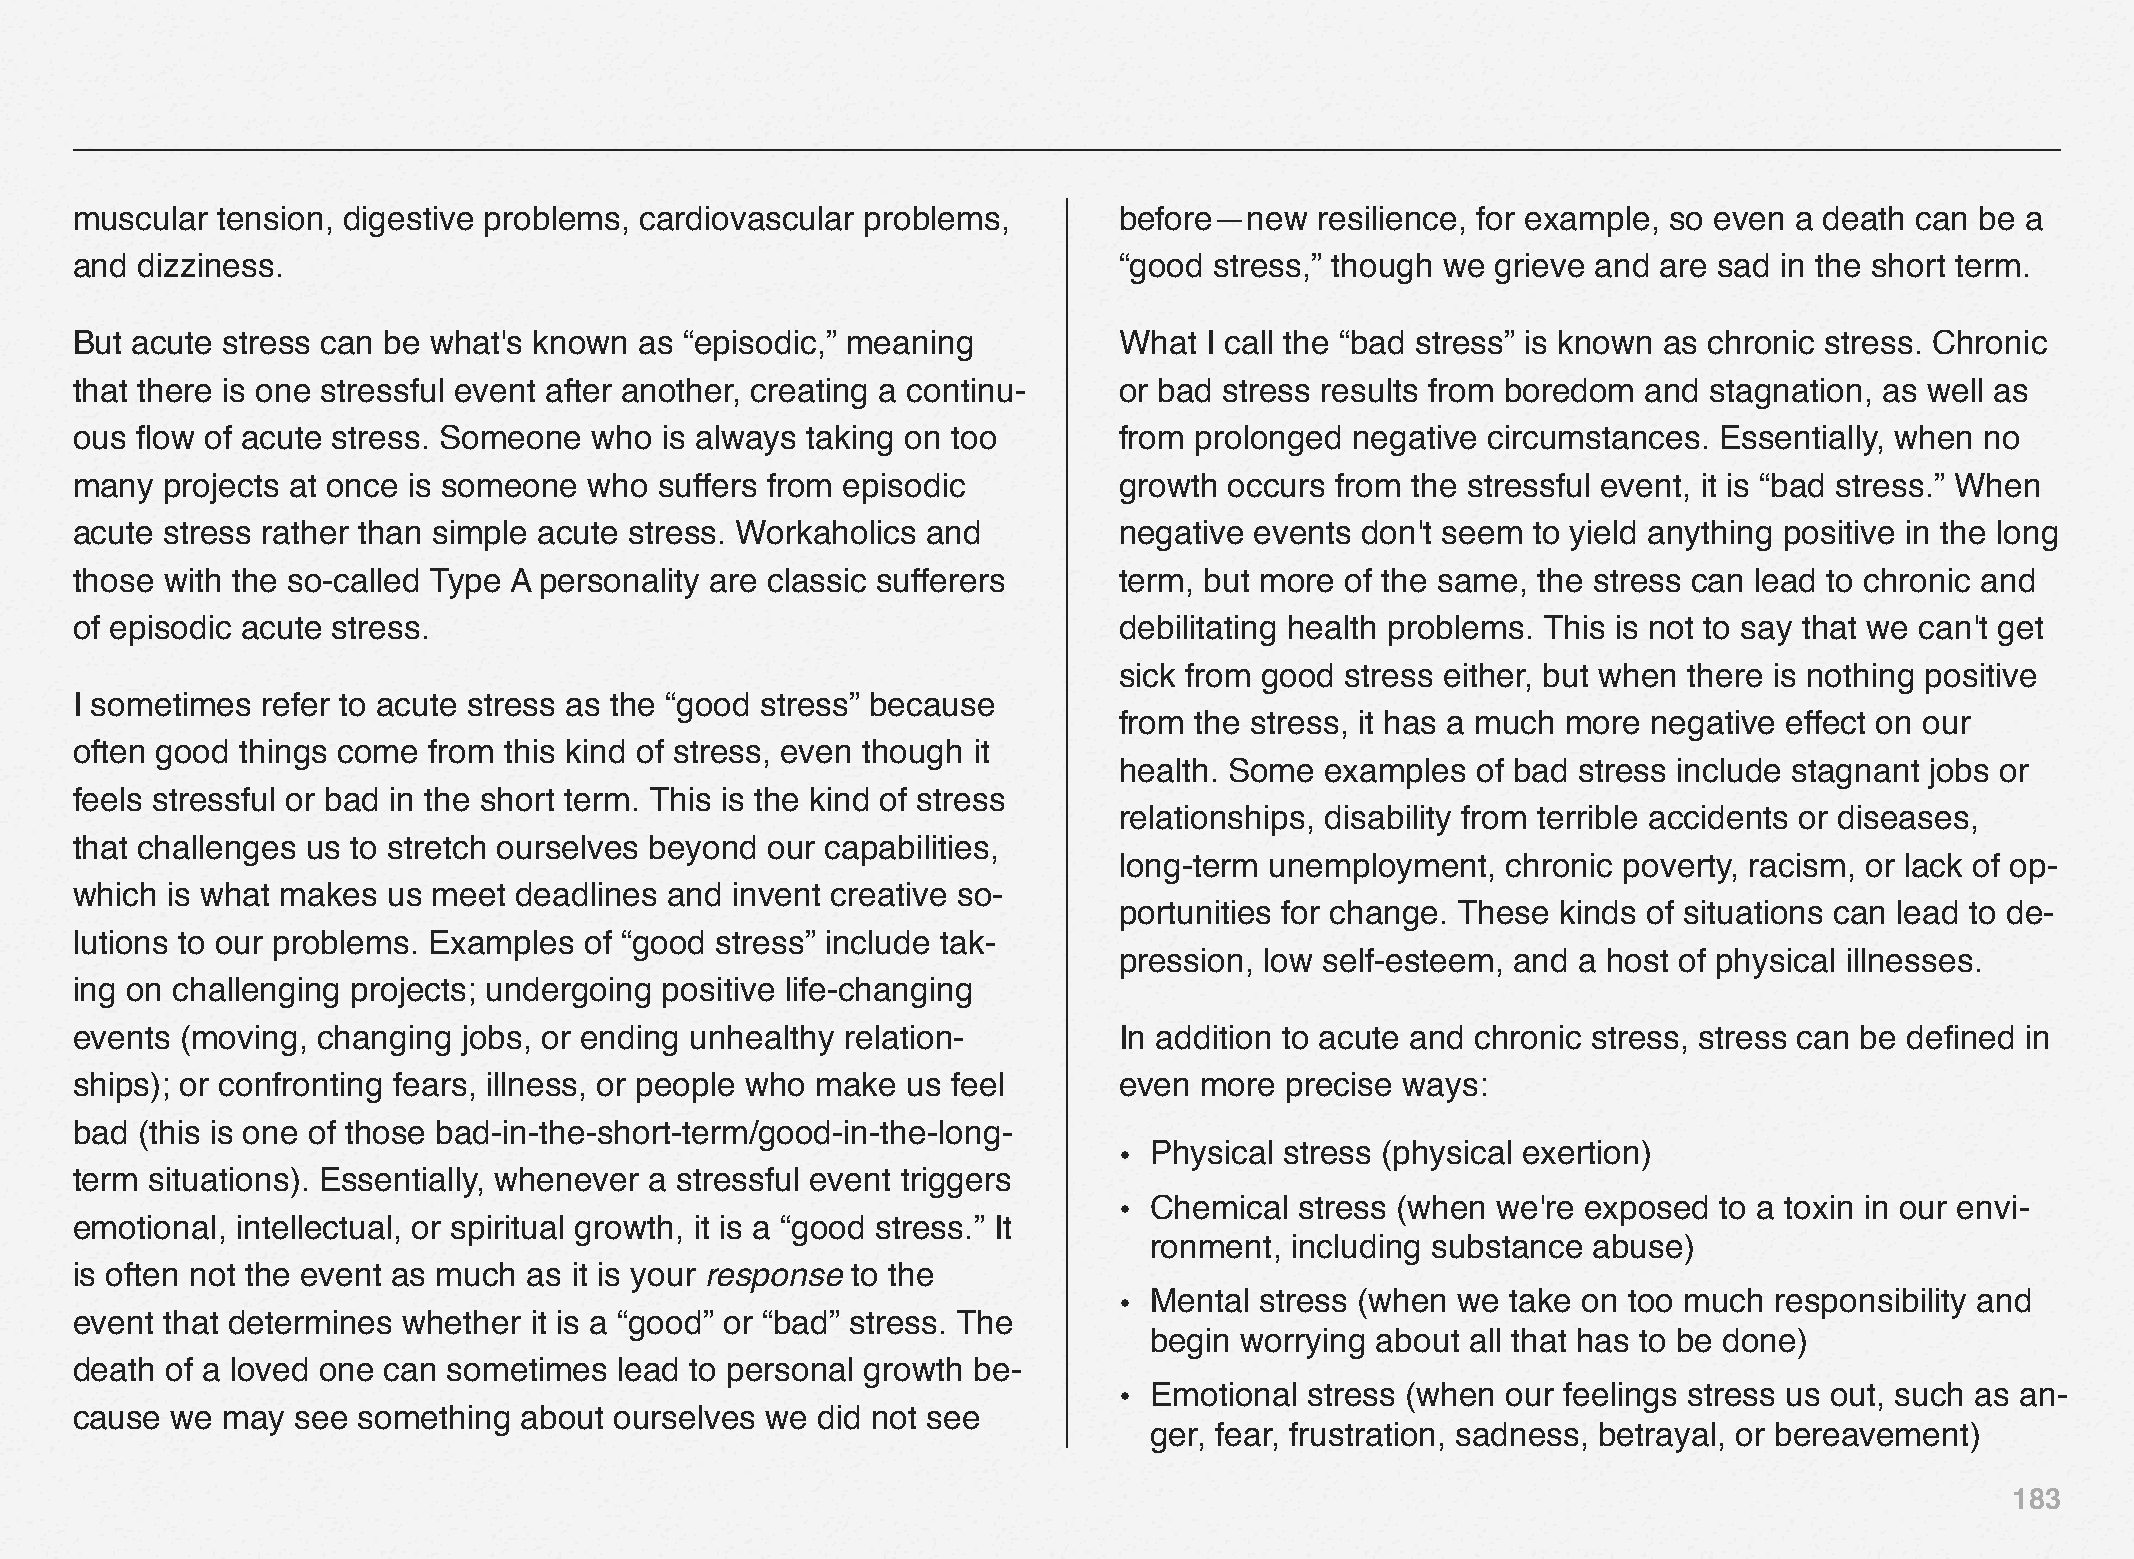
muscular tension, digestive problems, cardiovascular problems,       before—new   resilience, for example, so even a death can be a
 and dizziness.                                                       “good stress,” though we grieve and are sad in the short term.
 But acute stress can be what's known as “episodic,” meaning          What  I call the “bad stress” is known as chronic stress. Chronic
 that there is one stressful event after another, creating a continu- or bad stress results from boredom and stagnation, as well as
 ous flow of acute stress. Someone who  is always taking on too       from prolonged  negative circumstances. Essentially, when no
 many  projects at once is someone who  suffers from episodic         growth occurs from the stressful event, it is “bad stress.” When
 acute stress rather than simple acute stress. Workaholics and        negative events don't seem to yield anything positive in the long
 those with the so-called Type A personality are classic sufferers    term, but more of the same, the stress can lead to chronic and
 of episodic acute stress.                                            debilitating health problems. This is not to say that we can't get
 sick from good stress either, but when there is nothing positive
 I sometimes refer to acute stress as the “good stress” because
 from the stress, it has a much more negative effect on our
 often good things come from this kind of stress, even though it
 health. Some  examples  of bad stress include stagnant jobs or
 feels stressful or bad in the short term. This is the kind of stress
 relationships, disability from terrible accidents or diseases,
 that challenges us to stretch ourselves beyond our capabilities,
 long-term unemployment,   chronic poverty, racism, or lack of op-
 which is what makes  us meet deadlines and invent creative so-
 portunities for change. These kinds of situations can lead to de-
 lutions to our problems. Examples of “good stress” include tak-
 pression, low self-esteem, and a host of physical illnesses.
 ing on challenging projects; undergoing positive life-changing
 events (moving, changing  jobs, or ending unhealthy relation-        In addition to acute and chronic stress, stress can be defined in
 ships); or confronting fears, illness, or people who make us feel    even more  precise ways:
 bad (this is one of those bad-in-the-short-term/good-in-the-long-
 • Physical stress (physical exertion)
 term situations). Essentially, whenever a stressful event triggers
 • Chemical  stress (when we're exposed  to a toxin in our envi-
 emotional, intellectual, or spiritual growth, it is a “good stress.” It
 ronment, including substance abuse)
 is often not the event as much as it is your response to the
 • Mental stress (when we  take on too much responsibility and
 event that determines whether it is a “good” or “bad” stress. The
 begin worrying about all that has to be done)
 death of a loved one can sometimes  lead to personal growth be-
 • Emotional  stress (when our feelings stress us out, such as an-
 cause we  may  see something  about ourselves we did not see
 ger, fear, frustration, sadness, betrayal, or bereavement)
 183